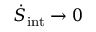
\dot { S } _ { \mathrm { i n t } } \rightarrow 0